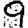
Digit: 9